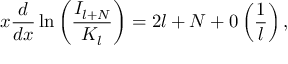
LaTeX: x \displaystyle \frac { d } { d x } \ln \left( \displaystyle \frac { I _ { l + N } } { K _ { l } } \right) = 2 l + N + 0 \left( \displaystyle \frac { 1 } { l } \right) ,